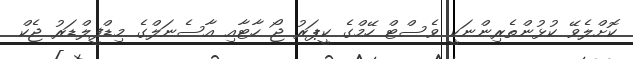
ކޮށްލެވޭ ކުޅުންތެރިންނަކީ ވެސްޓް ހޭމްގެ ކީޕަރު ޖޯ ހާޓާއި އާސެނަލްގެ މިޑްފީލްޑަރު ޖެކް